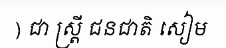
) ជា ស្ត្រី ជនជាតិ សៀម